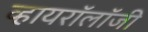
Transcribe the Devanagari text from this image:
व्हायरॉलॉजी